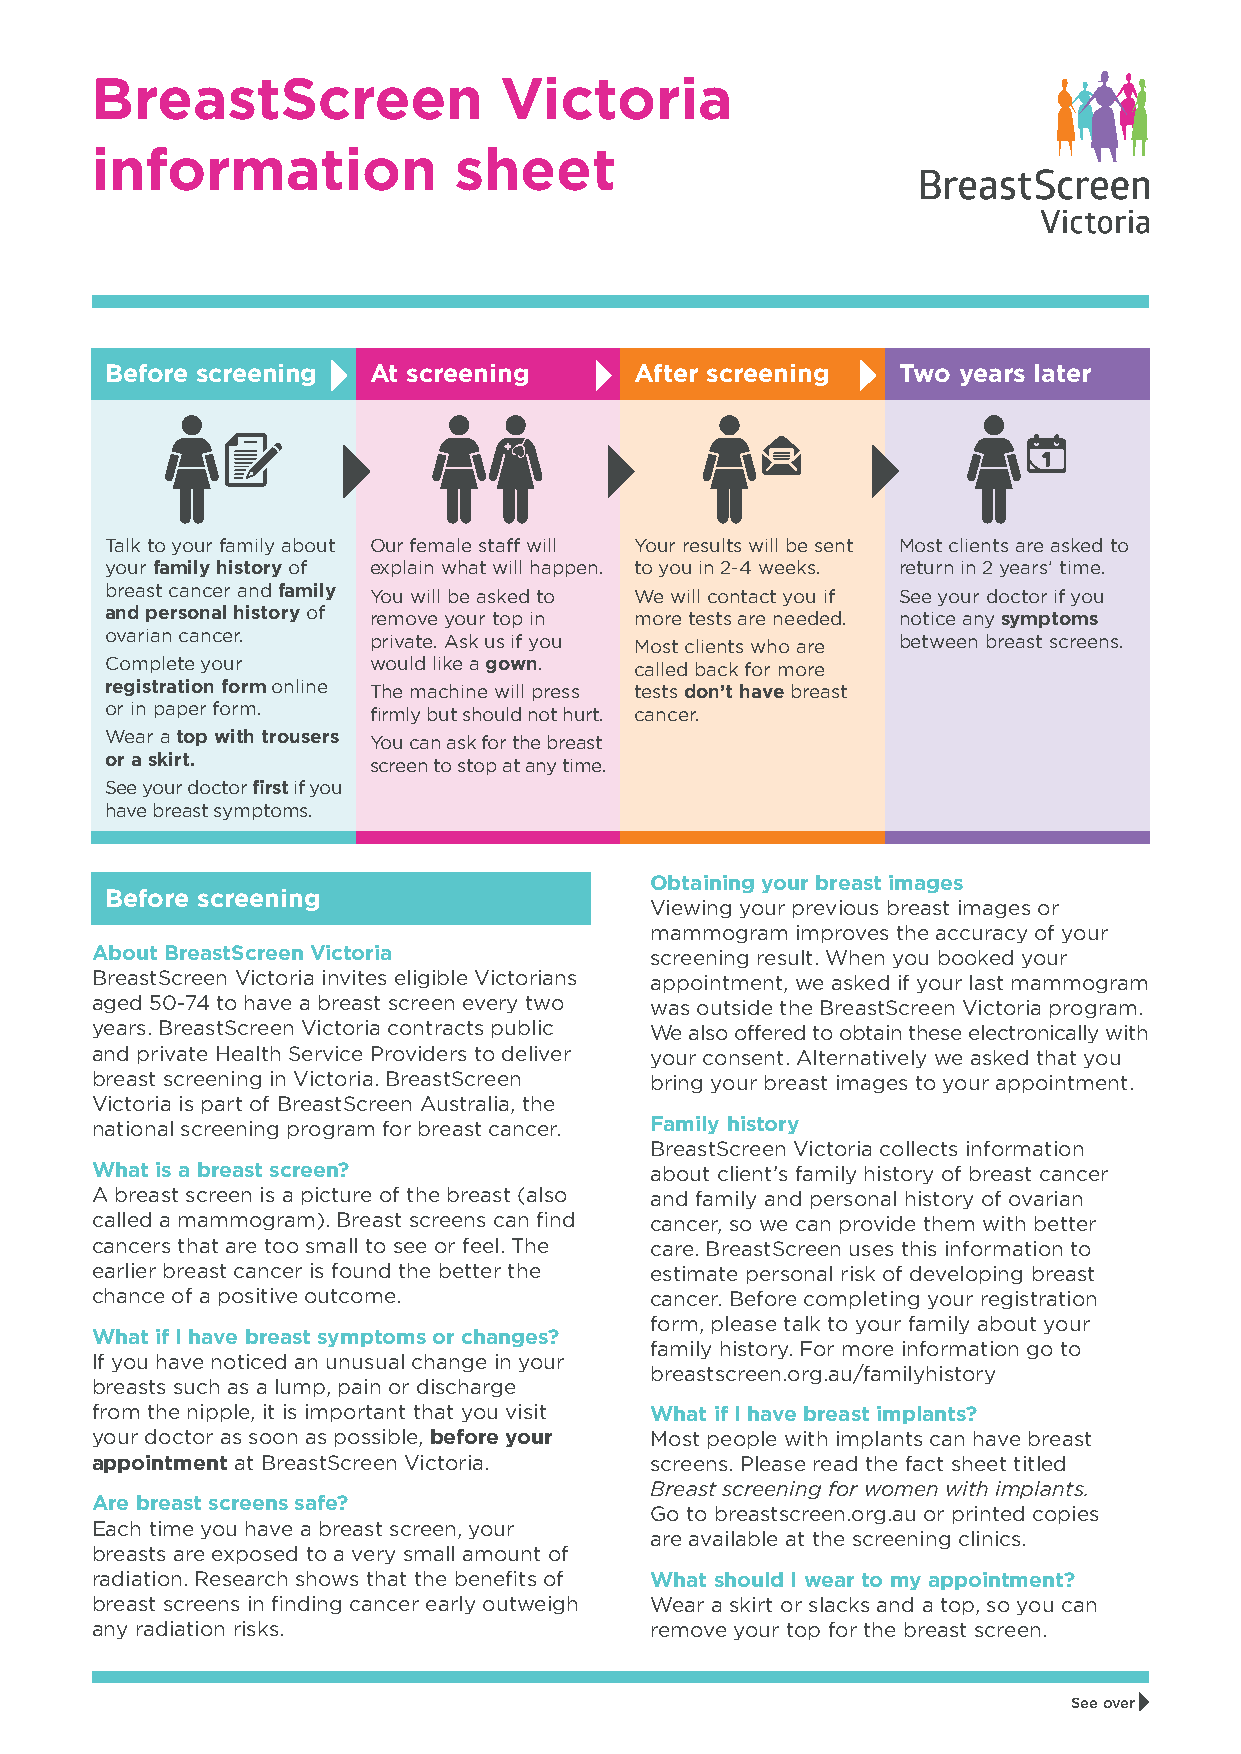
BreastScreen               Victoria
 information             sheet
 Before screening At screening      After screening  Two years later
 Talk to your family about Our female staff will Your results will be sent Most clients are asked to
 your family history of explain what will happen. to you in 2-4 weeks. return in 2 years’ time.
 breast cancer and family You will be asked to We will contact you if See your doctor if you
 and personal history of remove your top in more tests are needed. notice any symptoms
 ovarian cancer.  private. Ask us if you Most clients who are between breast screens.
 Complete your    would like a gown. called back for more
 registration form online The machine will press tests don’t have breast
 or in paper form. firmly but should not hurt. cancer.
 Wear a top with trousers You can ask for the breast
 or a skirt.      screen to stop at any time.
 See your doctor first if you
 have breast symptoms.
 Obtaining your breast images
 Before screening
 Viewing your previous breast images or
 mammogram improves the accuracy of your
 About BreastScreen Victoria          screening result. When you booked your
 BreastScreen Victoria invites eligible Victorians appointment, we asked if your last mammogram
 aged 50-74 to have a breast screen every two was outside the BreastScreen Victoria program.
 years. BreastScreen Victoria contracts public We also offered to obtain these electronically with
 and private Health Service Providers to deliver your consent. Alternatively we asked that you
 breast screening in Victoria. BreastScreen bring your breast images to your appointment.
 Victoria is part of BreastScreen Australia, the
 national screening program for breast cancer. Family history
 BreastScreen Victoria collects information
 What is a breast screen?             about client’s family history of breast cancer
 A breast screen is a picture of the breast (also and family and personal history of ovarian
 called a mammogram). Breast screens can find cancer, so we can provide them with better
 cancers that are too small to see or feel. The care. BreastScreen uses this information to
 earlier breast cancer is found the better the estimate personal risk of developing breast
 chance of a positive outcome.        cancer. Before completing your registration
 form, please talk to your family about your
 What if I have breast symptoms or changes?
 family history. For more information go to
 If you have noticed an unusual change in your
 breastscreen.org.au/familyhistory
 breasts such as a lump, pain or discharge
 from the nipple, it is important that you visit What if I have breast implants?
 your doctor as soon as possible, before your Most people with implants can have breast
 appointment at BreastScreen Victoria. screens. Please read the fact sheet titled
 Breast screening for women with implants.
 Are breast screens safe?
 Go to breastscreen.org.au or printed copies
 Each time you have a breast screen, your
 are available at the screening clinics.
 breasts are exposed to a very small amount of
 radiation. Research shows that the benefits of What should I wear to my appointment?
 breast screens in finding cancer early outweigh Wear a skirt or slacks and a top, so you can
 any radiation risks.                 remove your top for the breast screen.
 See over